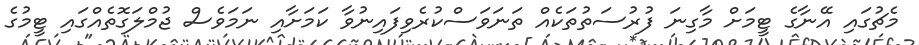
މެޗުގައި އޭނާގެ ޓީމަށް މާގިނަ ފުރުސަތުތަކެއް ތަނަވަސްކުރެވިފައިނުވާ ކަމަށާއި ނަމަވެސް ޖުމްލަގޮތެއްގައި ޓީމުގެ